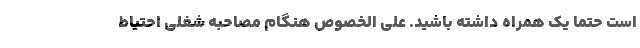
است حتما یک همراه داشته باشید. علی الخصوص هنگام مصاحبه شغلی احتیاط